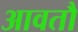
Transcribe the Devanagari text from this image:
आवतौ